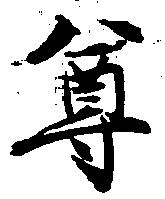
尊